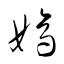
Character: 嫡